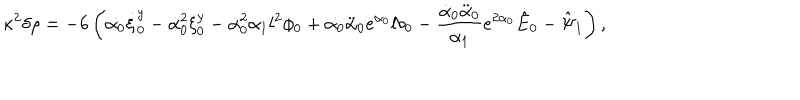
LaTeX: \kappa ^ { 2 } \delta \rho = - 6 \left( \dot { \alpha _ { 0 } } \dot { \xi } _ { 0 } ^ { y } - \dot { \alpha } _ { 0 } ^ { 2 } \xi _ { 0 } ^ { y } - \dot { \alpha } _ { 0 } ^ { 2 } \alpha _ { 1 } l ^ { 2 } \phi _ { 0 } + \dot { \alpha _ { 0 } } \ddot { \alpha } _ { 0 } e ^ { \alpha _ { 0 } } l b _ { 0 } - \frac { \dot { \alpha } _ { 0 } \ddot { \alpha } _ { 0 } } { \alpha _ { 1 } } e ^ { 2 \alpha _ { 0 } } \dot { \hat { E } } _ { 0 } - \hat { \Psi } _ { 1 } \right) ,